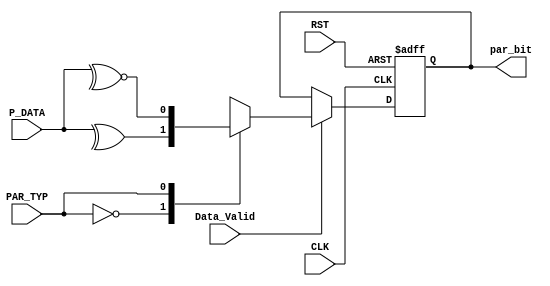
module parity_calc (
  input [7:0] P_DATA,
  input       Data_Valid, PAR_TYP,
  input       CLK, RST,
  output reg  par_bit
  );
  
  
  always @(posedge CLK or negedge RST)
    begin
      if (!RST)
        begin
          par_bit <= 1'b0;
        end
      else if (Data_Valid)
        begin
          case (PAR_TYP)
            1'b0: par_bit <= ^(P_DATA);
            1'b1: par_bit <= ~^(P_DATA);
          endcase
        end
    end
  
endmodule